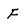
Character: f